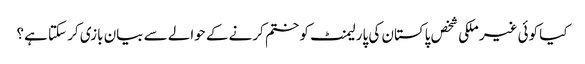
کیا کوئی غیر ملکی شخص پاکستان کی پارلیمنٹ کو ختم کرنے کے حوالے سے بیان بازی کر سکتا ہے؟